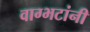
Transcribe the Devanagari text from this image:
वाग्भटांनी